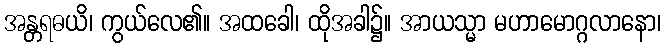
အန္တရဓယိ၊ ကွယ်လေ၏။ အထခေါ၊ ထိုအခါ၌။ အာယသ္မာ မဟာမောဂ္ဂလာနော၊